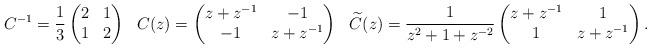
LaTeX: \begin{align*}C^{-1}&=\frac{1}{3}\begin{pmatrix}2&1\\ 1&2\end{pmatrix}& C(z)&=\begin{pmatrix}z+z^{-1}&-1\\ -1&z+z^{-1}\end{pmatrix}& \widetilde{C}(z)&=\frac{1}{z^{2}+1+z^{-2}}\begin{pmatrix}z+z^{-1}&1\\ 1&z+z^{-1}\end{pmatrix}.\end{align*}